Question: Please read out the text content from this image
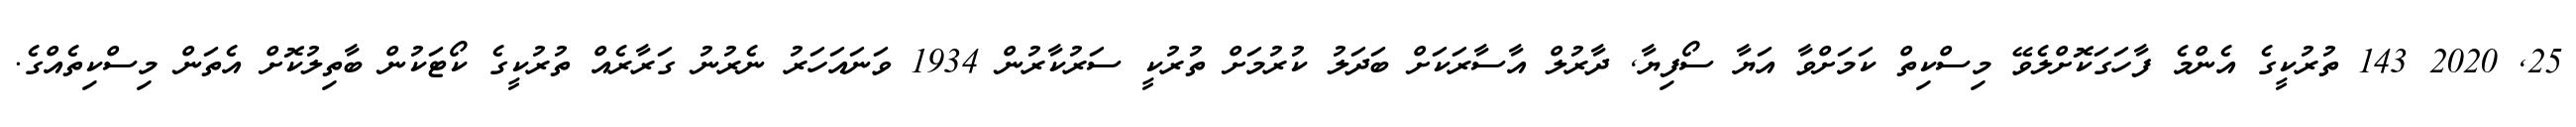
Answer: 25, 2020 143 ތުރުކީގެ އެންމެ ފާހަގަކޮށްލެވޭ މިސްކިތް ކަމަށްވާ އަޔާ ސޯފިޔާ, ދާރުލް އާސާރަކަށް ބަދަލު ކުރުމަށް ތުރުކީ ސަރުކާރުން 1934 ވަނައަހަރު ނެރުނު ގަރާރެއް ތުރުކީގެ ކޯޓަކުން ބާތިލުކޮށް އެތަން މިސްކިތެއްގެ.